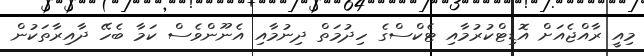
މިއީ ރާއްޖެއަށް އޮޑިޓްކުރުމާއި ޓެކްސްގެ ހިދުމަތް ދިނުމާއި އެނޫންވެސް ކަމާ ބެހޭ ދާއިރާތަކުން